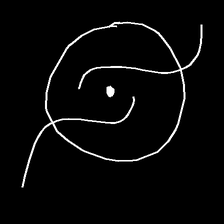
Glyph: repetition